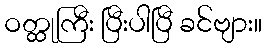
ဝတ္ထုကြီး ပြီးပါပြီ ခင်ဗျား။